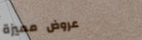
عروض مميزة